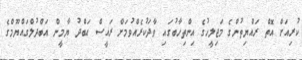
ކުރިއަށް އޮތް ރައްޔިތުންގެ މަޖިލީހުގެ އިންތިހާބުގައި ވާދަކުރެއްވުމަށް ރައީސް އަބްދު ޔާމީން އަބްދުލްގައްޔޫމްގެ